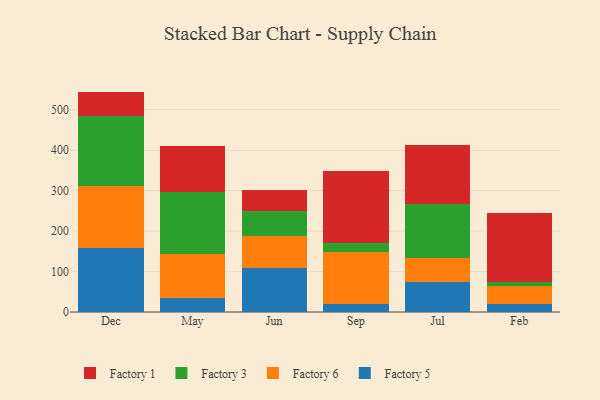
{"axis": {"x": "Month", "y": "Active Users"}, "legend": ["Factory 1", "Factory 3", "Factory 5", "Factory 6"], "data": [{"x": "Dec", "y": 158.6, "type": "Factory 5"}, {"x": "Dec", "y": 152.7, "type": "Factory 6"}, {"x": "Dec", "y": 173.4, "type": "Factory 3"}, {"x": "Dec", "y": 60.2, "type": "Factory 1"}, {"x": "May", "y": 35.0, "type": "Factory 5"}, {"x": "May", "y": 107.6, "type": "Factory 6"}, {"x": "May", "y": 155.1, "type": "Factory 3"}, {"x": "May", "y": 113.3, "type": "Factory 1"}, {"x": "Jun", "y": 108.0, "type": "Factory 5"}, {"x": "Jun", "y": 79.1, "type": "Factory 6"}, {"x": "Jun", "y": 62.3, "type": "Factory 3"}, {"x": "Jun", "y": 53.2, "type": "Factory 1"}, {"x": "Sep", "y": 20.3, "type": "Factory 5"}, {"x": "Sep", "y": 127.6, "type": "Factory 6"}, {"x": "Sep", "y": 23.9, "type": "Factory 3"}, {"x": "Sep", "y": 176.2, "type": "Factory 1"}, {"x": "Jul", "y": 75.2, "type": "Factory 5"}, {"x": "Jul", "y": 57.9, "type": "Factory 6"}, {"x": "Jul", "y": 132.9, "type": "Factory 3"}, {"x": "Jul", "y": 145.8, "type": "Factory 1"}, {"x": "Feb", "y": 19.3, "type": "Factory 5"}, {"x": "Feb", "y": 45.3, "type": "Factory 6"}, {"x": "Feb", "y": 9.1, "type": "Factory 3"}, {"x": "Feb", "y": 170.5, "type": "Factory 1"}]}